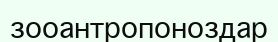
зооантропоноздар